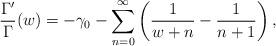
LaTeX: \begin{align*} \frac{\Gamma'}{\Gamma}(w) = -\gamma_0 - \sum_{n=0}^{\infty}\left( \frac{1}{w+n} - \frac{1}{n+1} \right), \end{align*}